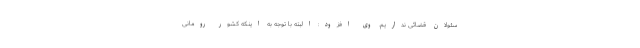
سئولان قضائی نداریم. وی افزود: البته با توجه به اینکه کشور رومانی